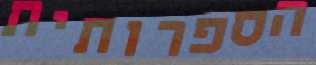
הספרותית